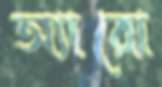
অ্যারো